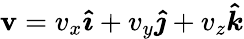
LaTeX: \mathbf{v}=v_{x}{\boldsymbol{\hat{\imath}}}+v_{y}{\boldsymbol{\hat{\jmath}}}+v_{z}{\boldsymbol{\hat{k}}}